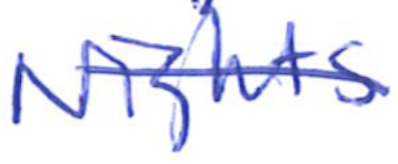
Text: Nights
Cross-out: diagonal
Writing tool: ballpoint